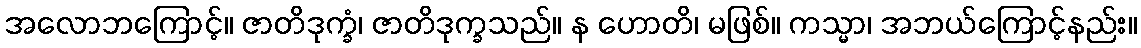
အလောဘကြောင့်။ ဇာတိဒုက္ခံ၊ ဇာတိဒုက္ခသည်။ န ဟောတိ၊ မဖြစ်။ ကသ္မာ၊ အဘယ်ကြောင့်နည်း။